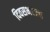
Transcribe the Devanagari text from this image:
दिवसभराचा